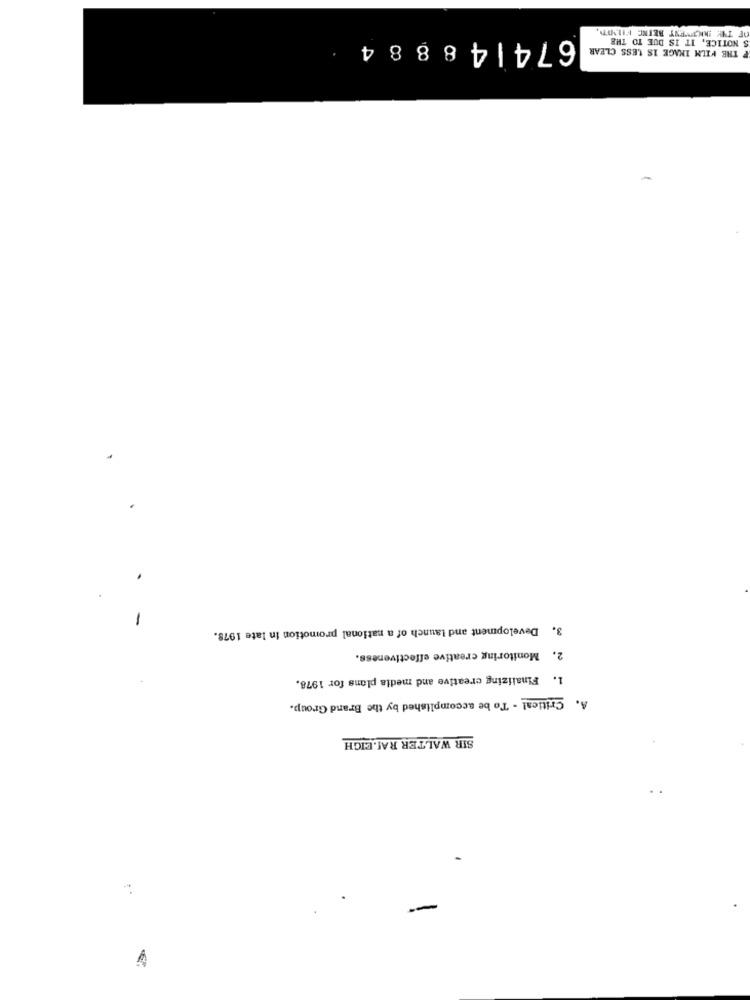
674|48884
S NOTICE, IT IS DUE TO THE
THE FILM IMAGE IS LESS CLEAR
-
3. Development and launch of a national promotion in late 1978.
2. Monitoring creative effectiveness.
1. Finalizing creative and media plans for 1978.
A. Critical - To be accomplished by the Brand Group.
SIR WALTER RALEIGH